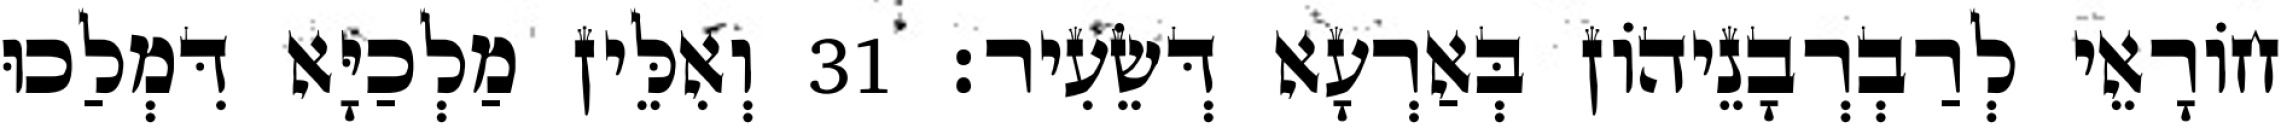
חוֹרָאֵי לְרַבְרְבָנֵיהוֹן בְּאַרְעָא דְּשֵׂעִיר׃ 31 וְאִלֵּין מַלְכַיָּא דִּמְלַכוּ